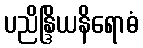
ပညိန္ဒြိယနိရောဓံ